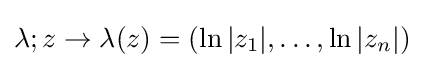
\lambda ;z\rightarrow \lambda (z)=(\ln |z_{1}|,\dots ,\ln |z_{n}|)